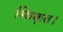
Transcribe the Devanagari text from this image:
स्विकृत।